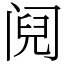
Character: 阋